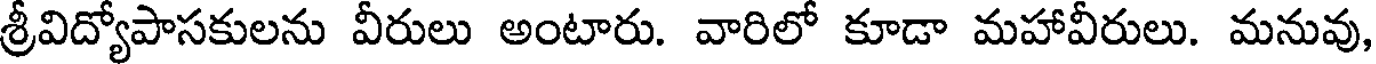
శ్రీవిద్యోపాసకులను వీరులు అంటారు. వారిలో కూడా మహావీరులు. మనువు